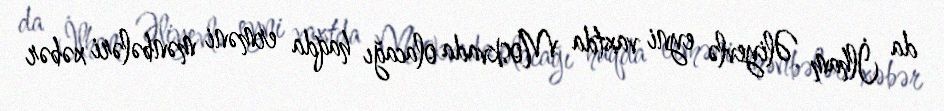
da İlham Əliyevlə eyni vaxtda Moskvada olacağı haqda erməni mənbələri xəbər